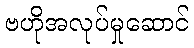
ဗဟိုအလုပ်မှုဆောင်